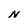
Character: N